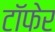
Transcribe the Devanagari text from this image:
टाॅफेर